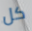
كل